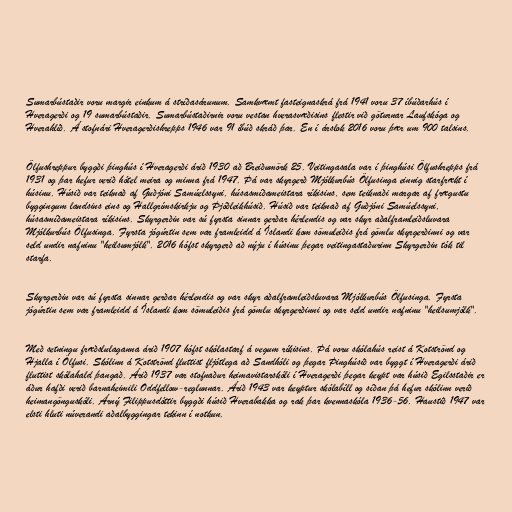
Sumarbústaðir voru margir einkum á stríðasárunum. Samkvæmt fasteignaskrá frá 1941 voru 37 íbúðarhús í
Hveragerði og 19 sumarbústaðir. Sumarbústaðirnir voru vestan hverasvæðisins flestir við göturnar Laufskóga og
Hverahlíð. Á stofnári Hveragerðishrepps 1946 var 91 íbúð skráð þar. En í árslok 2016 voru þær um 900 talsins.

Ölfushreppur byggði þinghús í Hveragerði árið 1930 að Breiðumörk 25. Veitingasala var í þinghúsi Ölfushrepps frá
1931 og þar hefur verið hótel meira og minna frá 1947. Þá var skyrgerð Mjólkurbús Ölfusinga einnig starfrækt í
húsinu.‍ Húsið var teiknað af Guðjóni Samúelssyni, húsasmíðameistara ríkisins, sem teiknaði margar af frægustu
byggingum landsins eins og Hallgrímskirkju og Þjóðleikhúsið. Húsið var teiknað af Guðjóni Samúelssyni,
húsasmíðameistara ríkisins.‍ Skyrgerðin var sú fyrsta sinnar gerðar hérlendis og var skyr aðalframleiðsluvara
Mjólkurbús Ölfusinga. Fyrsta jógúrtin sem var framleidd á Íslandi kom sömuleiðis frá gömlu skyrgerðinni og var
seld undir nafninu "heilsumjólk". 2016 hófst skyrgerð að nýju í húsinu þegar veitingastaðurinn Skyrgerðin tók til
starfa.

Skyrgerðin var sú fyrsta sinnar gerðar hérlendis og var skyr aðalframleiðsluvara Mjólkurbús Ölfusinga. Fyrsta
jógúrtin sem var framleidd á Íslandi kom sömuleiðis frá gömlu skyrgerðinni og var seld undir nafninu "heilsumjólk".

Með setningu fræðslulaganna árið 1907 hófst skólastarf á vegum ríkisins. Þá voru skólahús reist á Kotströnd og
Hjalla í Ölfusi. Skólinn á Kotströnd fluttist fljótlega að Sandhóli og þegar Þinghúsið var byggt í Hveragerði árið
fluttist skólahald þangað. Árið 1937 var stofnaður heimavistarskóli í Hveragerði þegar keypt var húsið Egilsstaðir er
áður hafði verið barnaheimili Oddfellow-reglunnar. Árið 1943 var keyptur skólabíll og síðan þá hefur skólinn verið
heimangönguskóli. Árný Filippusdóttir byggði húsið Hverabakka og rak þar kvennaskóla 1936-56. Haustið 1947 var
elsti hluti núverandi aðalbyggingar tekinn í notkun.